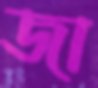
জা